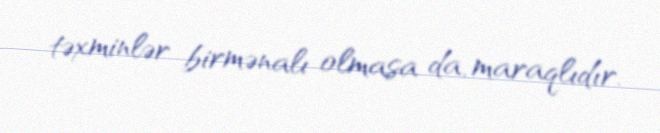
təxminlər birmənalı olmasa da, maraqlıdır.